Veterinary regulations India, 1925 -
Year: 1925
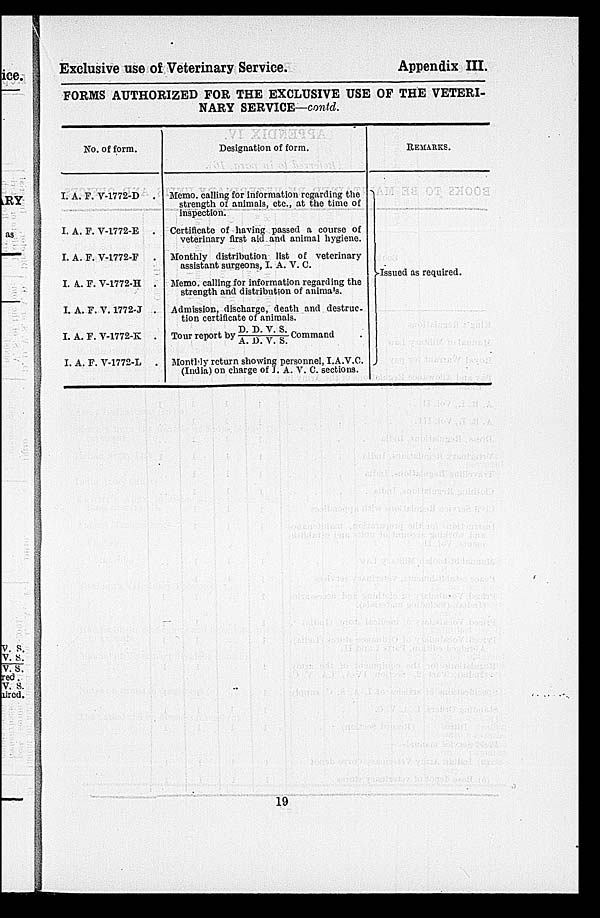
Exclusive use of Veterinary Service.
Appendix III.
FORMS AUTHORIZED FOR THE EXCLUSIVE USE OF THE VETERI-
NARY SERVICE—contd.
No. of form.
I. A. F. V-1772-D .
I. A. F. V-1772-E .
I. A. F. V-1772-F .
I. A. F. V-1772-H .
I. A. F. V. 1772-J .
I. A. F. V-1772-K .
I. A. F. V-1772-L .
Designation of form.
Memo, calling for Information regarding the
strength of animals, etc., at the time of
inspection.
Certificate of having passed a course of
veterinary first aid and animal hygiene.
Monthly distribution list of veterinary
assistant surgeons, I. A. V. C.
Memo, calling for information regarding the
strength and distribution of animals.
Admission, discharge, death and destruc-
tion certificate of animals.
Tour report by D. D. V. S/ A. D. V. S Command .
Monthly return showing personnel, I.A.V.C.
(India) on charge of I. A. V. C. sections.
REMARKS.
Issued as required.
19